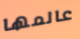
عالمها